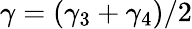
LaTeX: \gamma=(\gamma_{3}+\gamma_{4})/2